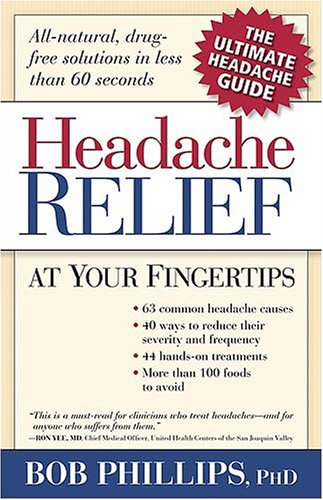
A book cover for Handbook For Headache Relief: Headache...BE GONE!; Bob Phillips; Health, Fitness & Dieting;